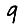
Digit: 9